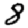
Digit: 8